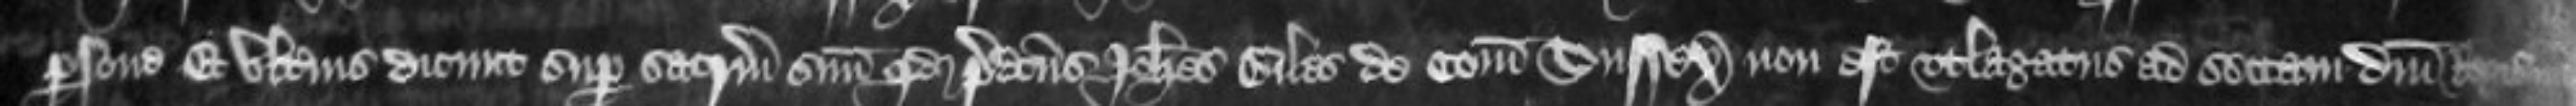
persone Et ulterius dicunt super sacrum suum quod predictus Johannes Giles de Comitatu Sussex non est utlagatus ad sectam domini Regis nec